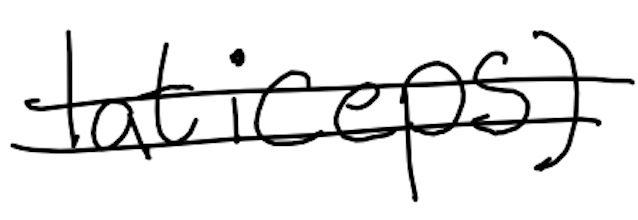
Text: laticeps)
Cross-out: double-line
Writing tool: digital_black